Voisiku_vallavalitsus, lk 35
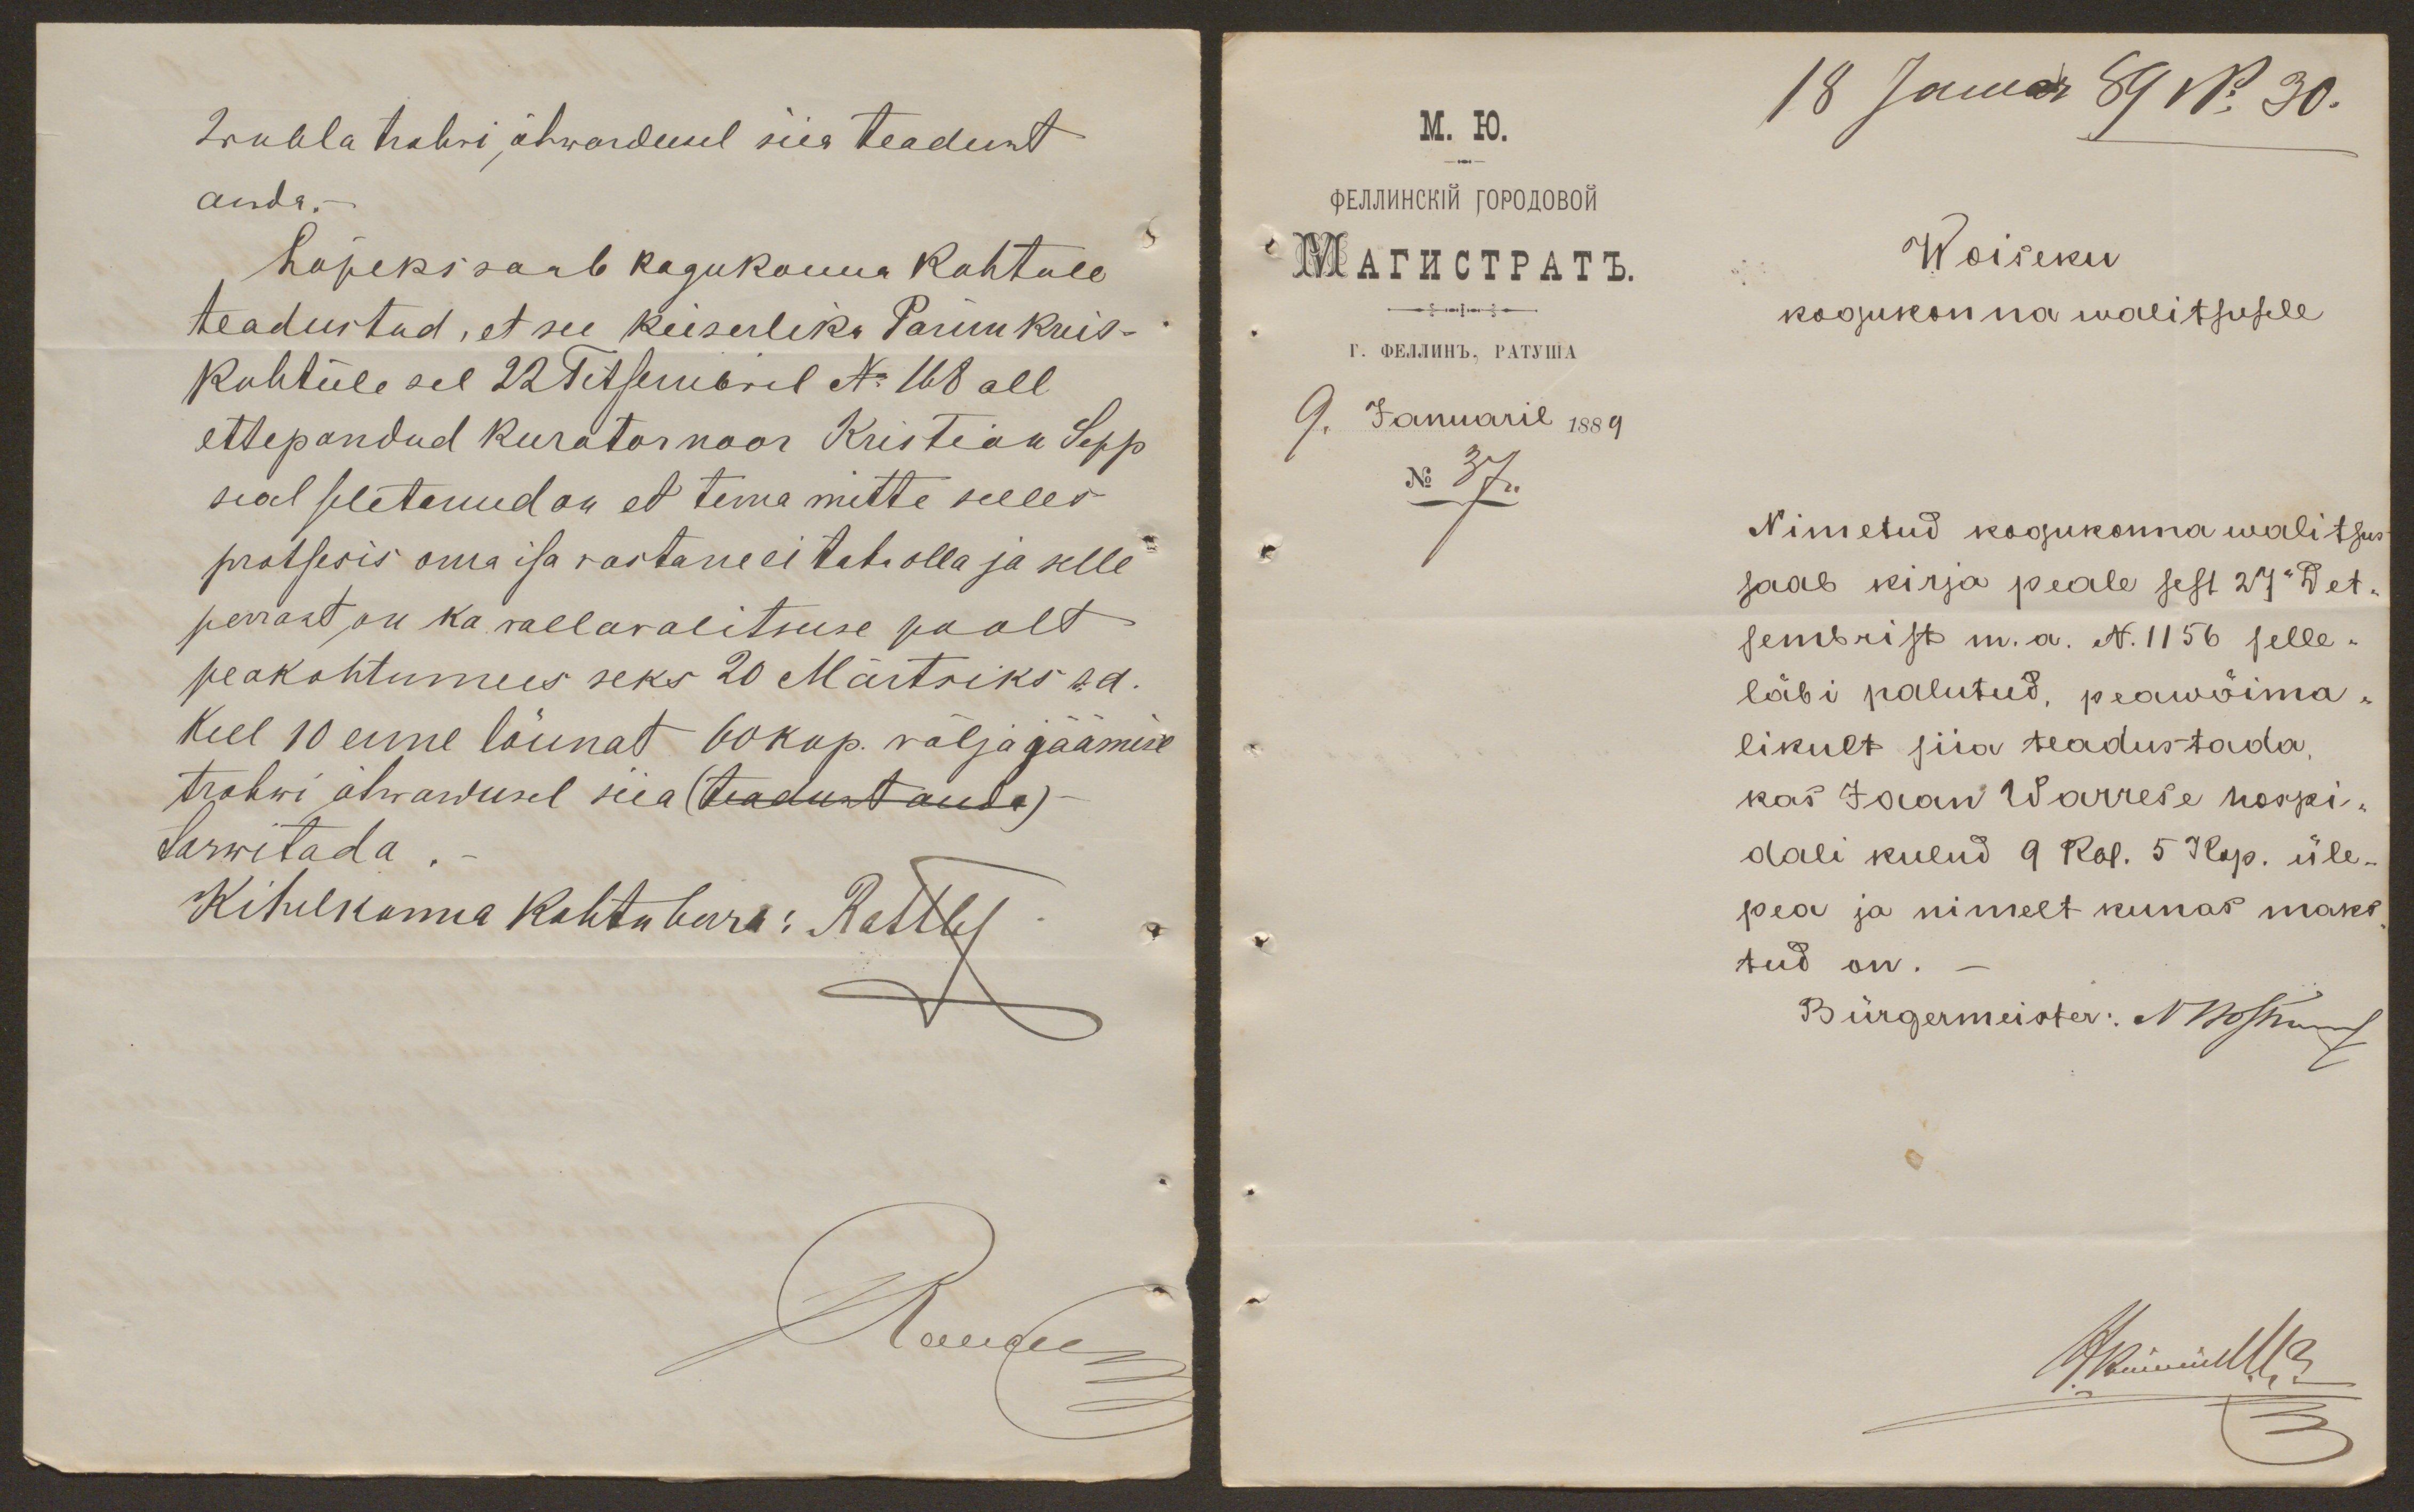
2 rubla trahvi ähwardusel siia teadust
anda.
Lõpeks saab kogukonna kohtule
teadustud, et see keiserliku Parun kreis-
kohtule sel 22 Tetsembril No 168 all
ettepandud kurator noor Kristian Sepp
seal seletanud on et tema mitte selles
protsesis oma isa vastane ei taha olla ja selle
perrast on ka wallavalitsuse poolt
peakohtumees seks 20 Märtsiks sa.
Kell 10 enne lõunat 60 kop. välja jäämise
trahwi ähwardusel siia (teadust anda)
tarwitada
Kihelkonna kohtuherra: Rattley
Raugee

18 Januar 89 No 30.
Woiseku
kogukonna walitsusele
No 37.
Nimetud kogukonna walitsus
saab kirja peale sest 27. Det-
sembrist m. a. N.1156 selle-
läbi palutud, peawõima-
likult siia teadustada.
kas Jaan Warrese hospi-
dali kulud 9 Rbl. 5 Kop. üle-
pea ja nimelt kunas maks-
tud on.
Bürgermeister: N Mosburg
Akünnik